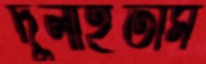
দুলাইতাম